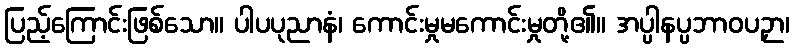
ပြည့်ကြောင်းဖြစ်သော။ ပါပပုညာနံ၊ ကောင်းမှုမကောင်းမှုတို့၏။ အပ္ပါနပ္ပဘာဝပဉှာ၊